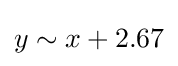
y\sim x+2.67